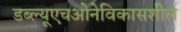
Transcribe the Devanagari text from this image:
डब्‍ल्‍यूएचओनेविकासशील